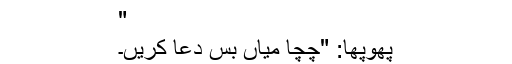
"
پھوپھا: "چچا میاں بس دعا کریں۔